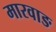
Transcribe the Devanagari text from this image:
मारवाङ